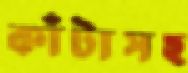
কাঁটাসহ